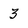
Character: 3